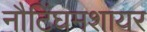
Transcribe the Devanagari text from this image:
नौटिंघमशायर